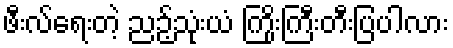
ဖီးလ်ရေးတဲ့ ညဉ့်သုံးယံ ကြိုးကြီးတီးပြပါလား